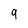
Character: q